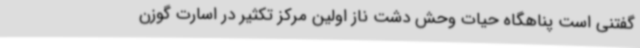
گفتنی است پناهگاه حیات وحش دشت ناز اولین مرکز تکثیر در اسارت گوزن